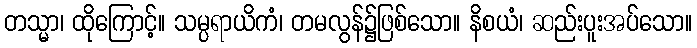
တသ္မာ၊ ထိုကြောင့်။ သမ္ပရာယိကံ၊ တမလွန်၌ဖြစ်သော။ နိစယံ၊ ဆည်းပူးအပ်သော။